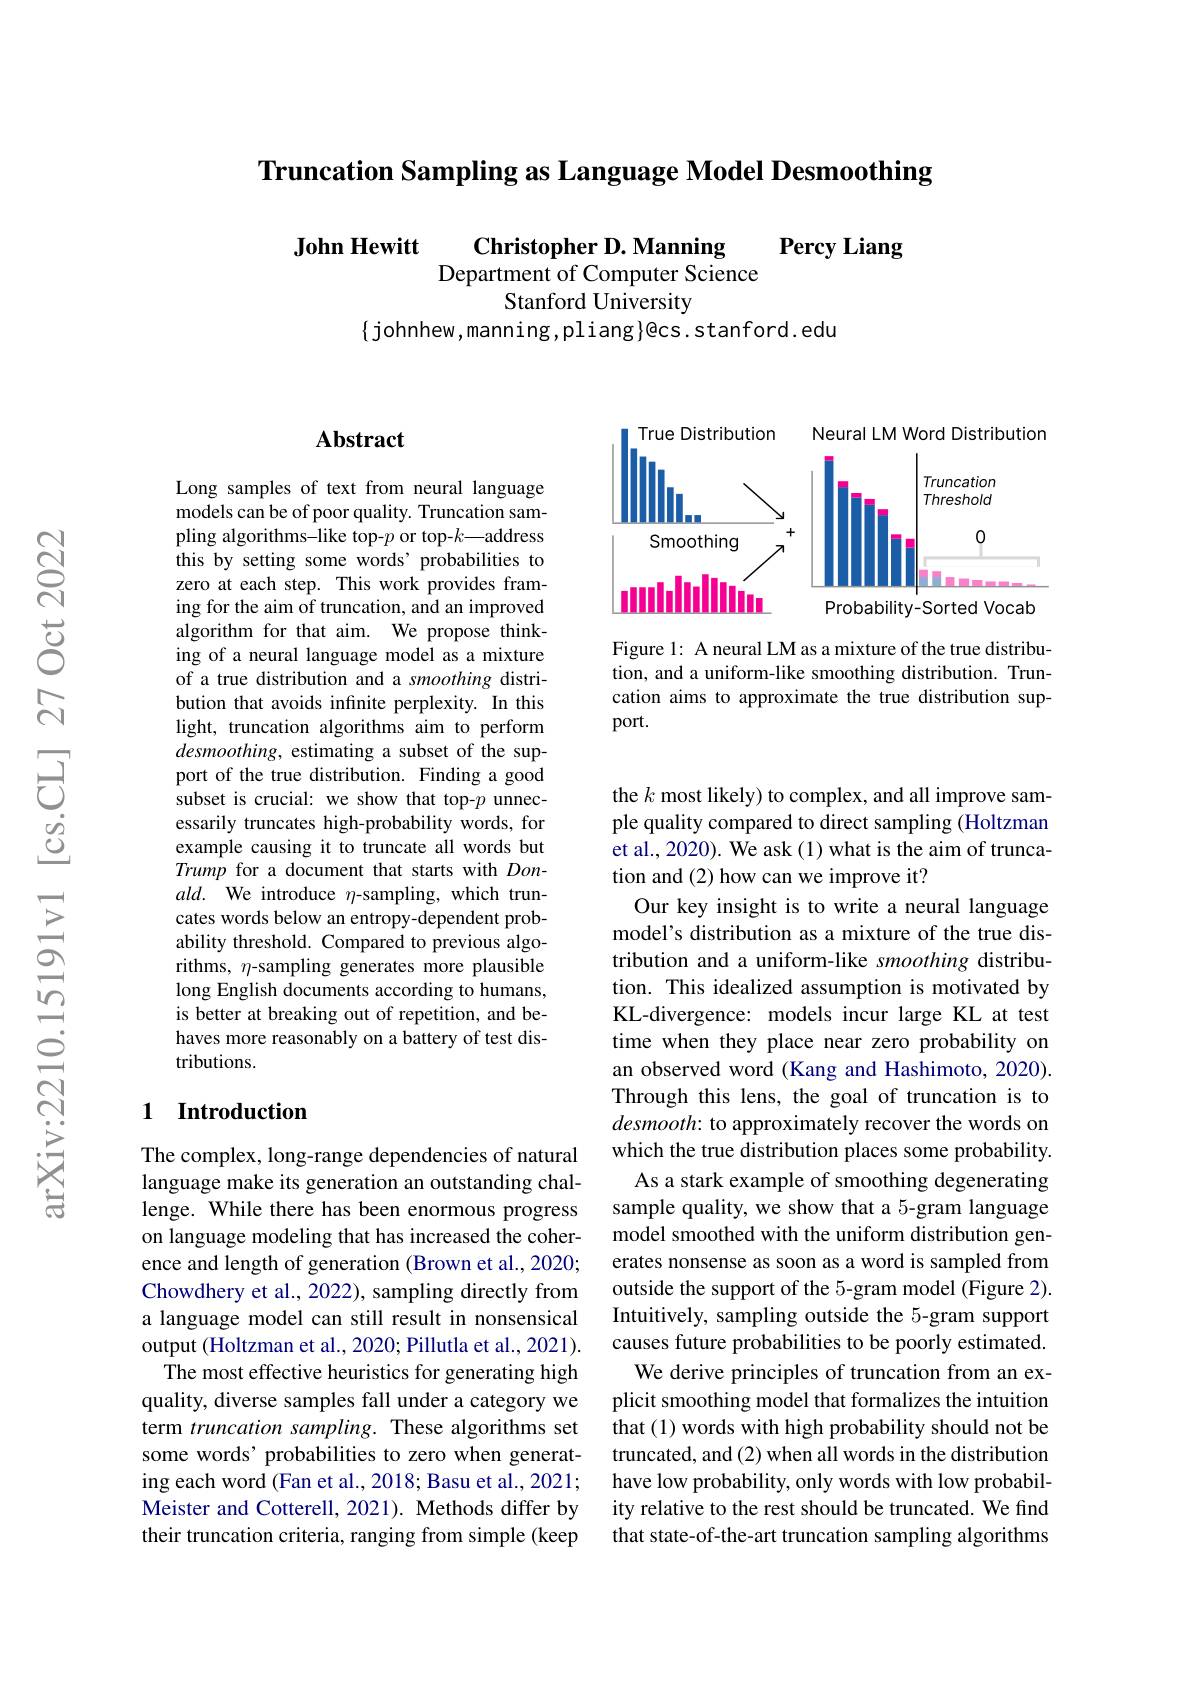
Truncation Sampling as Language Model Desmoothing

John Hewitt $\begin{array}{c}\textbf{Christopher D.Manning}\\\text{Department of Computer Science}\end{array}$ Percy Liang
Stanford University

$\{$johnhew,manning,pliang$\}$@cs.stanford.edu

<FigureHere>

Figure 1: A neural LM as a mixture of the true distribution, and a uniform-like smoothing distribution. Truncation aims to approximate the true distribution support.

## $\mathbf{Abstract}$

Long samples of text from neural language models can be of poor quality. Truncation sampling algorithms-like top-$p$ or top-$k—$address this by setting some words' probabilities to zero at each step. This work provides framing for the aim of truncation, and an improved algorithm for that aim. We propose thinking of a neural language model as a mixture of a true distribution and a smoothing distribution that avoids infinite perplexity. In this light, truncation algorithms aim to perform desmoothing, estimating a subset of the support of the true distribution. Finding a good subset is crucial: we show that top-$p$ unnecessarily truncates high-probability words, for example causing it to truncate all words but Trump for a document that starts with Don- $ald.$ We introduce $\eta$-sampling, which truncates words below an entropy-dependent probability threshold. Compared to previous algorithms, $\eta$-sampling generates more plausible long English documents according to humans, is better at breaking out of repetition, and behaves more reasonably on a battery of test distributions.

## 1 Introduction

The complex, long-range dependencies of natural language make its generation an outstanding challenge. While there has been enormous progress on language modeling that has increased the coherence and length of generation (Brown et al., 2020; Chowdhery et al., 2022), sampling directly from a language model can still result in nonsensical output (Holtzman et al., 2020; Pillutla et al., 2021).
The most effective heuristics for generating high quality, diverse samples fall under a category we term truncation sampling. These algorithms set some words’ probabilities to zero when generating each word (Fan et al., 2018; Basu et al., 2021; Meister and Cotterell, 2021). Methods differ by their truncation criteria, ranging from simple (keep

the $k$ most likely) to complex, and all improve sample quality compared to direct sampling (Holtzman et al., 2020). We ask (1) what is the aim of truncation and (2) how can we improve it?
Our key insight is to write a neural language

model's distribution as a mixture of the true distribution and a uniform-like smoothing distribution. This idealized assumption is motivated by KL-divergence: models incur large KL at test time when they place near zero probability on an observed word (Kang and Hashimoto, 2020). Through this lens, the goal of truncation is to desmooth: to approximately recover the words on which the true distribution places some probability.
As a stark example of smoothing degenerating sample quality, we show that a 5-gram language model smoothed with the uniform distribution generates nonsense as soon as a word is sampled from outside the support of the 5-gram model (Figure 2). Intuitively, sampling outside the 5-gram support causes future probabilities to be poorly estimated. We derive principles of truncation from an explicit smoothing model that formalizes the intuition that (1) words with high probability should not be truncated, and (2) when all words in the distribution have low probability, only words with low probability relative to the rest should be truncated. We find that state-of-the-art truncation sampling algorithms